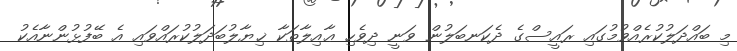
މި ބައްދަލުކުރެއްވުމުގައި ރައީސްގެ ދެކަނބަލުން ވަނީ ދިވެހި ޢާއިލާތަކާ ޚިޔާލުބަދަލުކުރައްވައި އެ ބޭފުޅުންނާއެކު